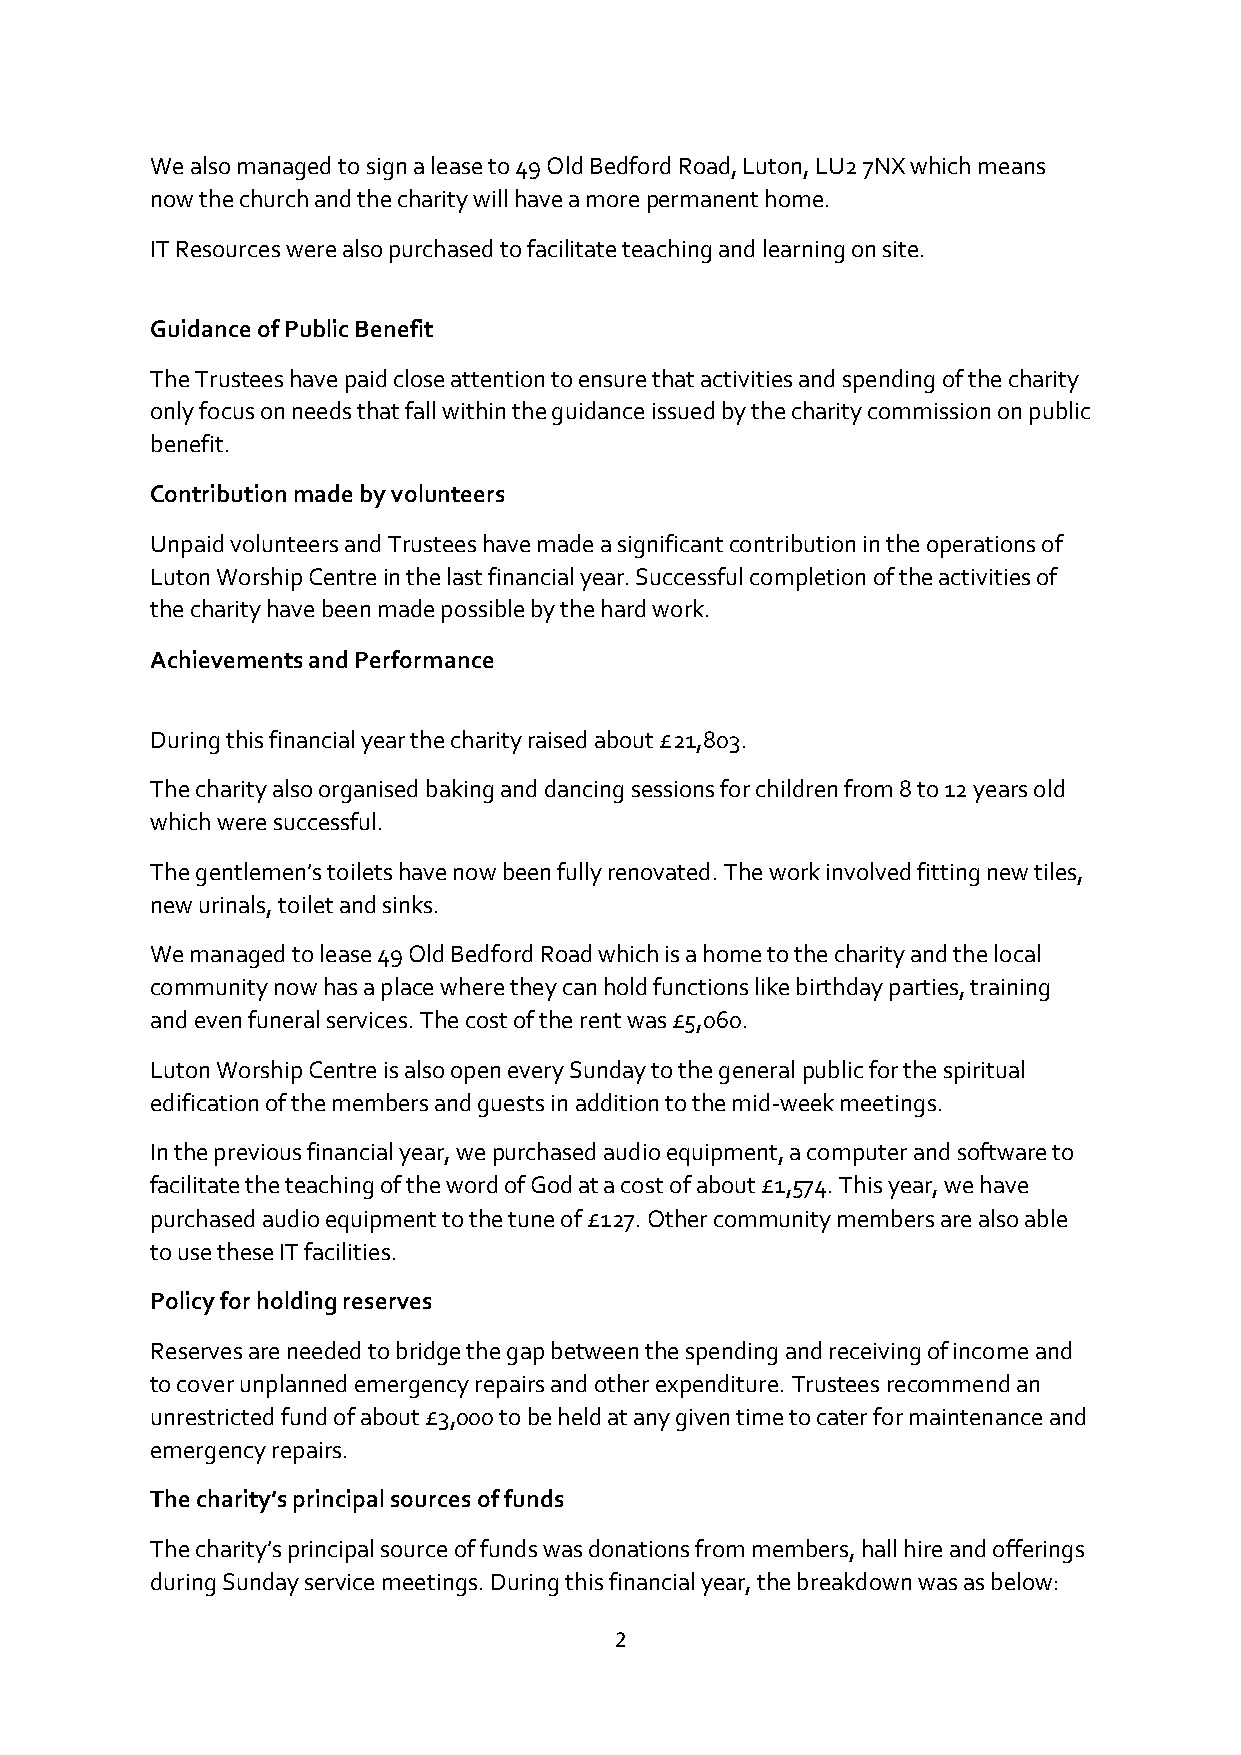
We also managed to sign a lease to 49 Old Bedford Road, Luton, LU2 7NX which means
 now the church and the charity will have a more permanent home.
 IT Resources were also purchased to facilitate teaching and learning on site.
 Guidance of Public Benefit
 The Trustees have paid close attention to ensure that activities and spending of the charity
 only focus on needs that fall within the guidance issued by the charity commission on public
 benefit.
 Contribution made by volunteers
 Unpaid volunteers and Trustees have made a significant contribution in the operations of
 Luton Worship Centre in the last financial year. Successful completion of the activities of
 the charity have been made possible by the hard work.
 Achievements and Performance
 During this financial year the charity raised about £21,803.
 The charity also organised baking and dancing sessions for children from 8 to 12 years old
 which were successful.
 The gentlemen’s toilets have now been fully renovated. The work involved fitting new tiles,
 new urinals, toilet and sinks.
 We managed to lease 49 Old Bedford Road which is a home to the charity and the local
 community now has a place where they can hold functions like birthday parties, training
 and even funeral services. The cost of the rent was £5,060.
 Luton Worship Centre is also open every Sunday to the general public for the spiritual
 edification of the members and guests in addition to the mid-week meetings.
 In the previous financial year, we purchased audio equipment, a computer and software to
 facilitate the teaching of the word of God at a cost of about £1,574. This year, we have
 purchased audio equipment to the tune of £127. Other community members are also able
 to use these IT facilities.
 Policy for holding reserves
 Reserves are needed to bridge the gap between the spending and receiving of income and
 to cover unplanned emergency repairs and other expenditure. Trustees recommend an
 unrestricted fund of about £3,000 to be held at any given time to cater for maintenance and
 emergency repairs.
 The charity’s principal sources of funds
 The charity’s principal source of funds was donations from members, hall hire and offerings
 during Sunday service meetings. During this financial year, the breakdown was as below:
 2